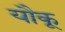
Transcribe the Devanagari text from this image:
यौकू